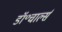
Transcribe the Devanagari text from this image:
डॉ॰चार्ल्स